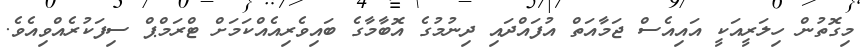
މިގޮތުން ހިލަރީއަކީ އައިއެސް ޖަމާއަތް އުފައްދައި ދިނުމުގެ އޮބާމާގެ ބައިވެރިއެއްކަމަށް ޓްރަމްޕް ސިފަކުރެއްވިއެވެ.